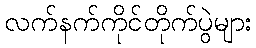
လက်နက်ကိုင်တိုက်ပွဲများ